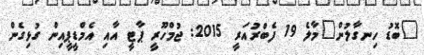
"ބޮޑު ހިނގާލުން"މާލެ 19 ފެބްރުއަރީ 2015: ޖުމްހޫރީ ޕާޓީ އާއި އެމްޑީޕީއިން ގުޅިގެން